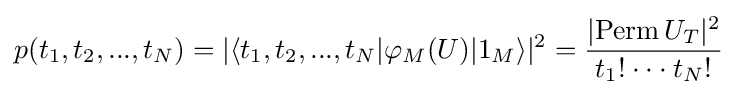
p(t_{1},t_{2},...,t_{N})=|\langle t_{1},t_{2},...,t_{N}|\varphi _{M}(U)|1_{M}\rangle |^{2}={\frac {|{\text{Perm}}\,U_{T}|^{2}}{t_{1}!\cdot \cdot \cdot t_{N}!}}